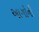
આગોની